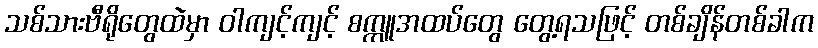
သစ်သားဗီရိုတွေထဲမှာ ဝါကျင့်ကျင့် စက္ကူအထပ်တွေ တွေ့ရသဖြင့် တစ်ချိန်တစ်ခါက